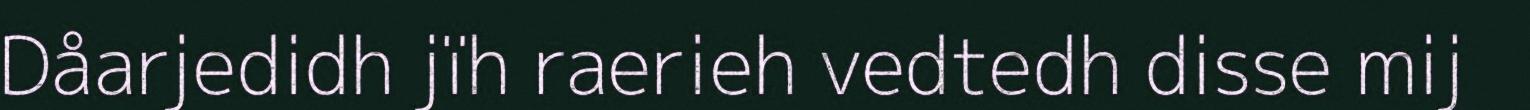
Dåarjedidh jïh raerieh vedtedh disse mij